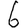
Digit: 6